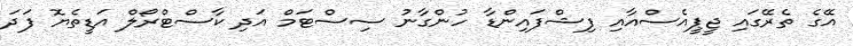
އޭގެ ތެރޭގައި ޖީޕީއެސްއާއި ފިޝްފައިންޑާ ހުންގާނު ސިސްޓަމް އަދި ކާސްޓްރޯލް އަޑީތެޔޮ ފަދަ